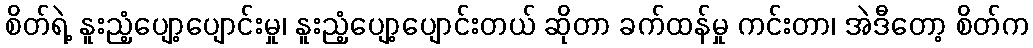
စိတ်ရဲ့ နူးညံ့ပျော့ပျောင်းမှု၊ နူးညံ့ပျော့ပျောင်းတယ် ဆိုတာ ခက်ထန်မှု ကင်းတာ၊ အဲဒီတော့ စိတ်က